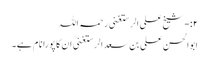
۲:-شیخ علی الرستغنی رحمہ اللہ
ابوالحسن علی بن سعد الرستغنیؒ ان کا پورا نام ہے۔